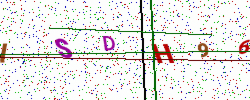
Text: ISDH96